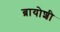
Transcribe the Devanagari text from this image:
ब्रायोशी